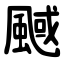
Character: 䬎